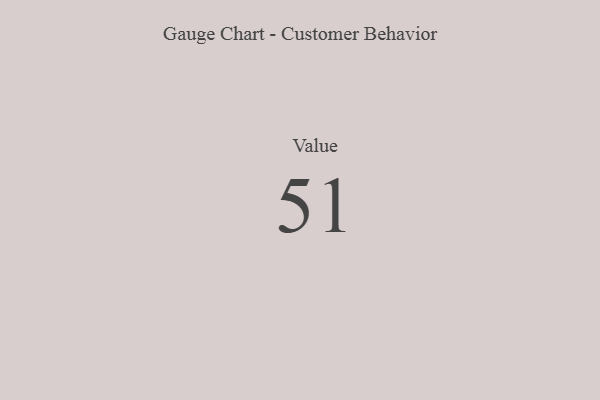
{"axis": {"x": "Metric", "y": "Value"}, "legend": [""], "data": [{"x": "Value", "y": 51, "type": ""}]}